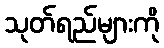
သုတ်ရည်များကို